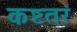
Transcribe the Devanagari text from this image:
कष्टतरं